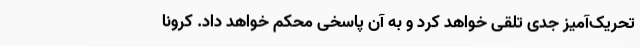
تحریک‌آمیز جدی تلقی خواهد کرد و به آن پاسخی محکم خواهد داد. کرونا